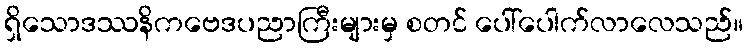
ရှိသောဒဿနိကဗေဒပညာကြီးများမှ စတင် ပေါ်ပေါက်လာလေသည်။